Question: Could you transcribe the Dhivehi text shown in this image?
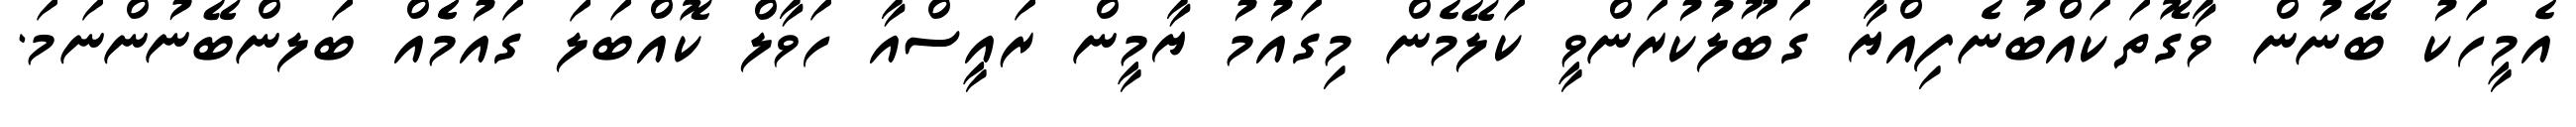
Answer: އެމީހަކު ބޭނުން ވާގޮތަކައްބުނެފިއްޔާ ގަބޫލުކުރަންވީ ކަލޭމެން މިގައުމު ޔާމީން ރައީސްއާ ހަވާލް ކޮއްބަލަ ގައުމެެއް ބަލންބޭނުންނަމަ.